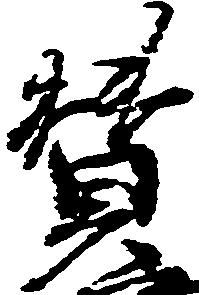
賛